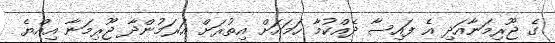
ގެ ޖޫރިމަނާއަދި އެ ފައިސާ ދެއްކުމާ ހަމައަށް އިތުރަށް އަރަމުންދާ ޖޫރިމަނާ އިއްޔެ